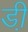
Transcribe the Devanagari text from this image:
डी़